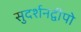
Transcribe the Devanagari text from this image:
सुदर्शनद्वीपो